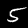
Label: 5